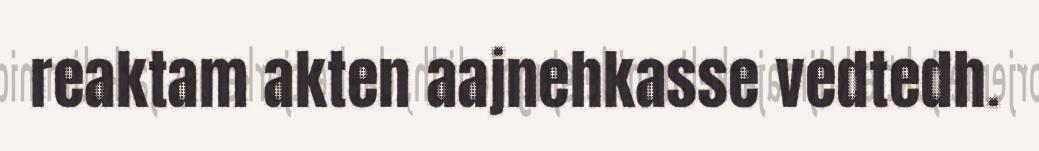
reaktam akten aajnehkasse vedtedh.